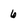
Character: 6